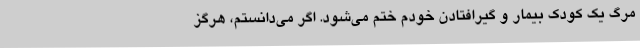
مرگ یک کودک بیمار و گیرافتادن خودم ختم می‌شود. اگر می‌دانستم، هرگز